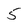
Character: 5